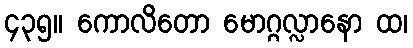
၄၃၅။ ကောလိတော မောဂ္ဂလ္လာနော ထ၊